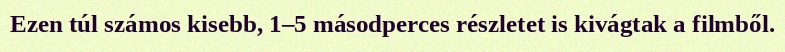
Ezen túl számos kisebb, 1–5 másodperces részletet is kivágtak a filmből.